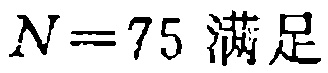
$N = 75$ 满足